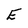
Character: E